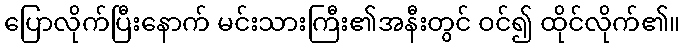
ပြောလိုက်ပြီးနောက် မင်းသားကြီး၏အနီးတွင် ဝင်၍ ထိုင်လိုက်၏။